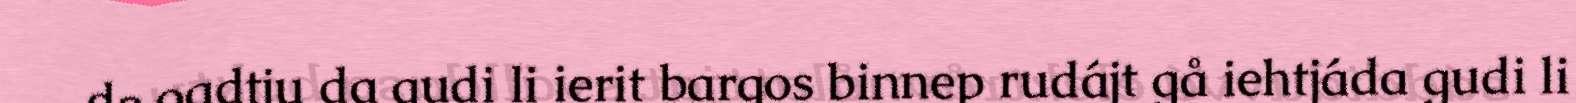
de oadtju da gudi li ierit bargos binnep rudájt gå iehtjáda gudi li